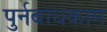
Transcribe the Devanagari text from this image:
पुर्नबांधकाम